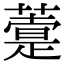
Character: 𦽢